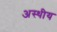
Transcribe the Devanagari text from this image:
अस्थीय